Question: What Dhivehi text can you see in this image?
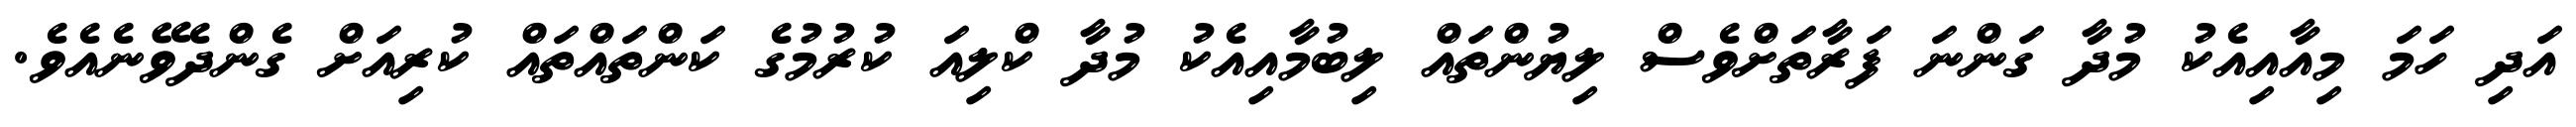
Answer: އަދި ހަމަ މިއާއިއެކު މުދާ ގަންނަ ފަރާތަށްވެސް ލިޔުންތައް ލިބުމާއިއެކު މުދާ ކްލިއަ ކުރުމުގެ ކަންތައްތައް ކުރިއަށް ގެންދެވޭނެއެވެ.